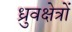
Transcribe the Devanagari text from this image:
ध्रुवक्षेत्रों